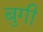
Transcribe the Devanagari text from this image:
बुगी